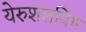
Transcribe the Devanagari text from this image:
येरुशलयिम